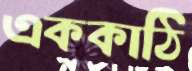
এককাঠি